Report on the Civil Veterinary Department, Eastern Bengal and Assam - 1907-1911
Year: 1907
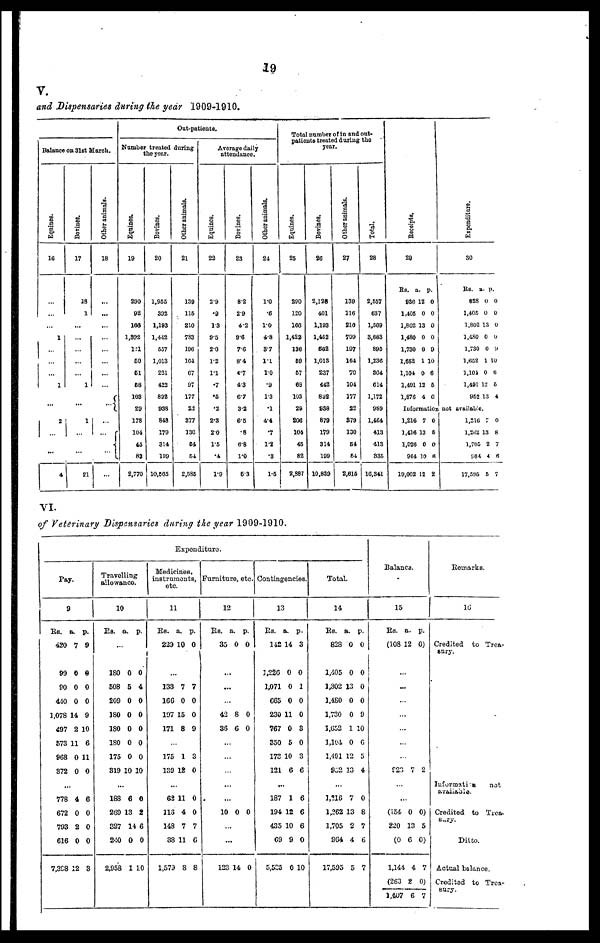
19
V.
and Dispensaries during the year 1909-1910.
Balance on 31st March.
Equines.
16
…
…
…
1
…
…
…
1
…
2
…
…
4
Bovines.
17
18
1
...
…
…
…
…
1
…
1
...
…
21
Other animals.
18
...
...
...
…
…
…
…
…
…
…
...
…
…
Out-patients.
Number treated during
the year.
Equines.
19
200
02
lea
1.892
121
69
61
68
103
29
178
104
45
82
2,770
Bovines.
20
1.955
392
1,193
1,442
557
1,013
221
422
832
938
848
179
314
109
10,805
Other animals.
21
139
115
210
733
100
164
67
97
177
22
377
130
54
54
2,585
Average daily
attendance.
Equines.
22
2.9
.9
13
9.5
20
1.2
1.1
.7
.5
.2
2.3
2.0
1.5
.4
1.9
Bovines.
23
8.2
2.9
4.2
90
70
8.4
4.7
43
6.7
3.2
65
.8
6.8
1.0
5.3
Other animate.
24
1.0
.6
1.0
4.8
87
1.1
1.0
.9
1.3
.1
4.4
.7
1.2
.3
1.5
Total number of in and out-
patients treated during the
year.
Equines.
25
290
120
160
1,422
130
69
57
68
103
29
200
104
45
82
2,387
Bovines.
26
2,128
401
1.103
1,462
602
1,013
237
442
832
938
879
179
314
199
10,839
Other animals.
27
139
116
210
799
197
164
70
104
177
22
379
130
54
54
2,615
Total.
28
2,557
637
1,509
3.683
895
1,236
864
614
1.172
989
1,464
413
413
835
16,341
Receipts.
29
Rs. a. p.
936 12 0
1,405 0 0
1,802 13 0
1,480 0 0
1,730 0 9
1,662 1 10
1,104 0 6
1,491 12 5
1,876 4 6
Information
1,216 7 0
1,416 13 8
1,026 0 0
964 10 6
19,002 12 2
Expenditure.
30
Rs. a. p.
828 0 0
1,405 0 0
1,802 13 0
1,480 0 0
1,730 0 9
l,652 1 10
1,101 0 6
1,491 12 5
952 13 4
not available.
1,216 7 0
1,262 13 8
1,705 2 7
804 4 6
17,595 5 7
VI.
of Veterinary Dispensaries during the year 1909-1910.
Expenditure.
Pay.
9
RS. a. p.
420 7 9
99 0 8
90 0 0
440 0 0
1,078 14 9
497 2 10
573 11 6
968 0 11
372 0 0
...
778 4 6
672 0 0
793 2 0
616 0 0
7,398 12 8
Travelling
allowance.
10
Rs. a. p.
…
180 0 0
508 5 4
209 0 0
180 0 0
180 0 0
180 0 0
175 0 0
319 10 10
...
188 6 0
269 13 2
327 14 6
240 0 0
2,958 1 10
Medicines,
instruments,
etc.
11
Rs. a. p.
229 10 0
...
133 7 7
16G 0 0
197 15 0
171 8 9
…
175 1 3
139 12 0
…
63 11 0
113 4 0
148 7 7
38 11 6
1,579 8 8
Furniture, etc.
12
Rs. a. p.
35 0 0
...
...
42 8 0
36 C 0
...
…
…
...
…
10 0 0
…
...
123 14 0
Contingencies.
13
KB. a. p.
142 14 3
1,226 0 0
1,071 0 1
C65 0 0
230 11 0
767 0 3
350 5 0
173 10 3
121 6 6
…
187 1 6
194 12 6
435 10 6
69 9 0
5,535 0 10
Total.
14
KB. a. p.
828 0 0
1,405 0 0
1,302 13 0
1,480 0 0
1,730 0 9
1,652 1 10
1,101 0 6
1,491 12 5
952 13 4
...
1,216 7 0
1,262 13 8
1,705 2 7
964 4 6
17,595 5 7
Balance.
15
Rs. a. p.
(108 12 0)
…
...
…
…
…
…
…
920 7 2
…
…
(154. 0 0)
220 13 5
(0 6 0)
1,144 4 7
(263 2 0)
1,407 6 7
Remarks.
16
Credited to Trea-
sury.
Information
not
available.
Credited to Trea-
sury.
Ditto.
Actual balance.
Credited to Trea-
sury.